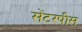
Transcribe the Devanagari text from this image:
सेंटरपीस